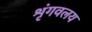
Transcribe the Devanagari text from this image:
शृंगवलय